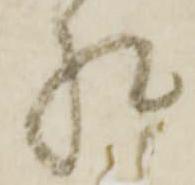
相